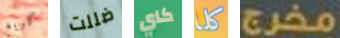
كريغ ضللت كاي كلا مخرج